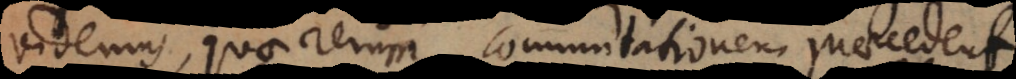
videmus, quae rerum commutationem praecedent,